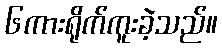
၆ကားရိုက်ကူးခဲ့သည်။